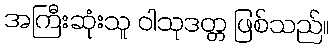
အကြီးဆုံးသူ ဝါသုဒတ္တ ဖြစ်သည်။